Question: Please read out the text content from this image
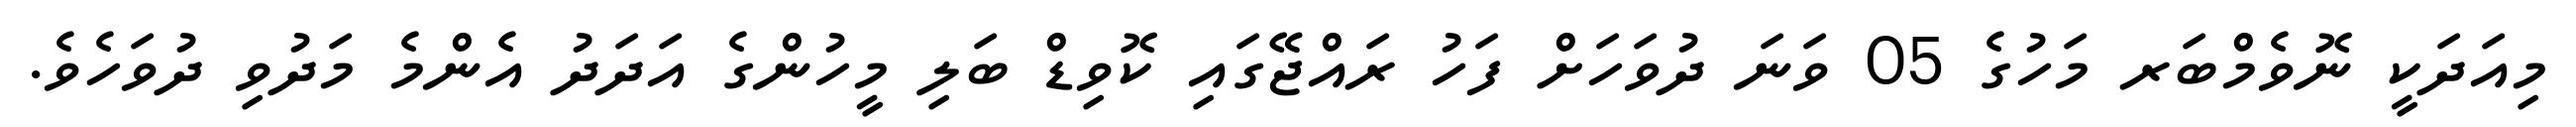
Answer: މިއަދަކީ ނޮވެމްބަރ މަހުގެ 05 ވަނަ ދުވަހަށް ފަހު ރައްޖޭގައި ކޮވިޑް ބަލި މީހުންގެ އަދަދު އެންމެ މަދުވި ދުވަހެވެ.